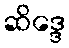
ဆိဒ္ဒေ